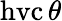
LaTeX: \operatorname{hvc}\theta